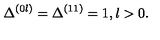
\Delta ^ { ( 0 l ) } = \Delta ^ { ( 1 1 ) } = 1 , l > 0 .